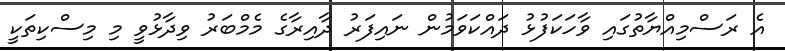
އެ ރަސްމިއްޔާތުގައި ވާހަކަފުޅު ދައްކަވަމުން ނައިފަރު ދާއިރާގެ މެމްބަރު ވިދާޅުވީ މި މިސްކިތަކީ